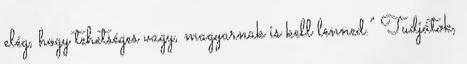
elég, hogy tehetséges vagy, magyarnak is kell lenned.” Tudjátok,